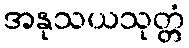
အနုသယသုတ္တံ